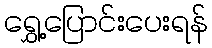
ရွှေ့ပြောင်းပေးရန်